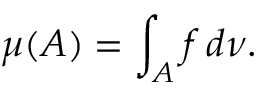
\mu ( A ) = \int _ { A } f \, d \nu .